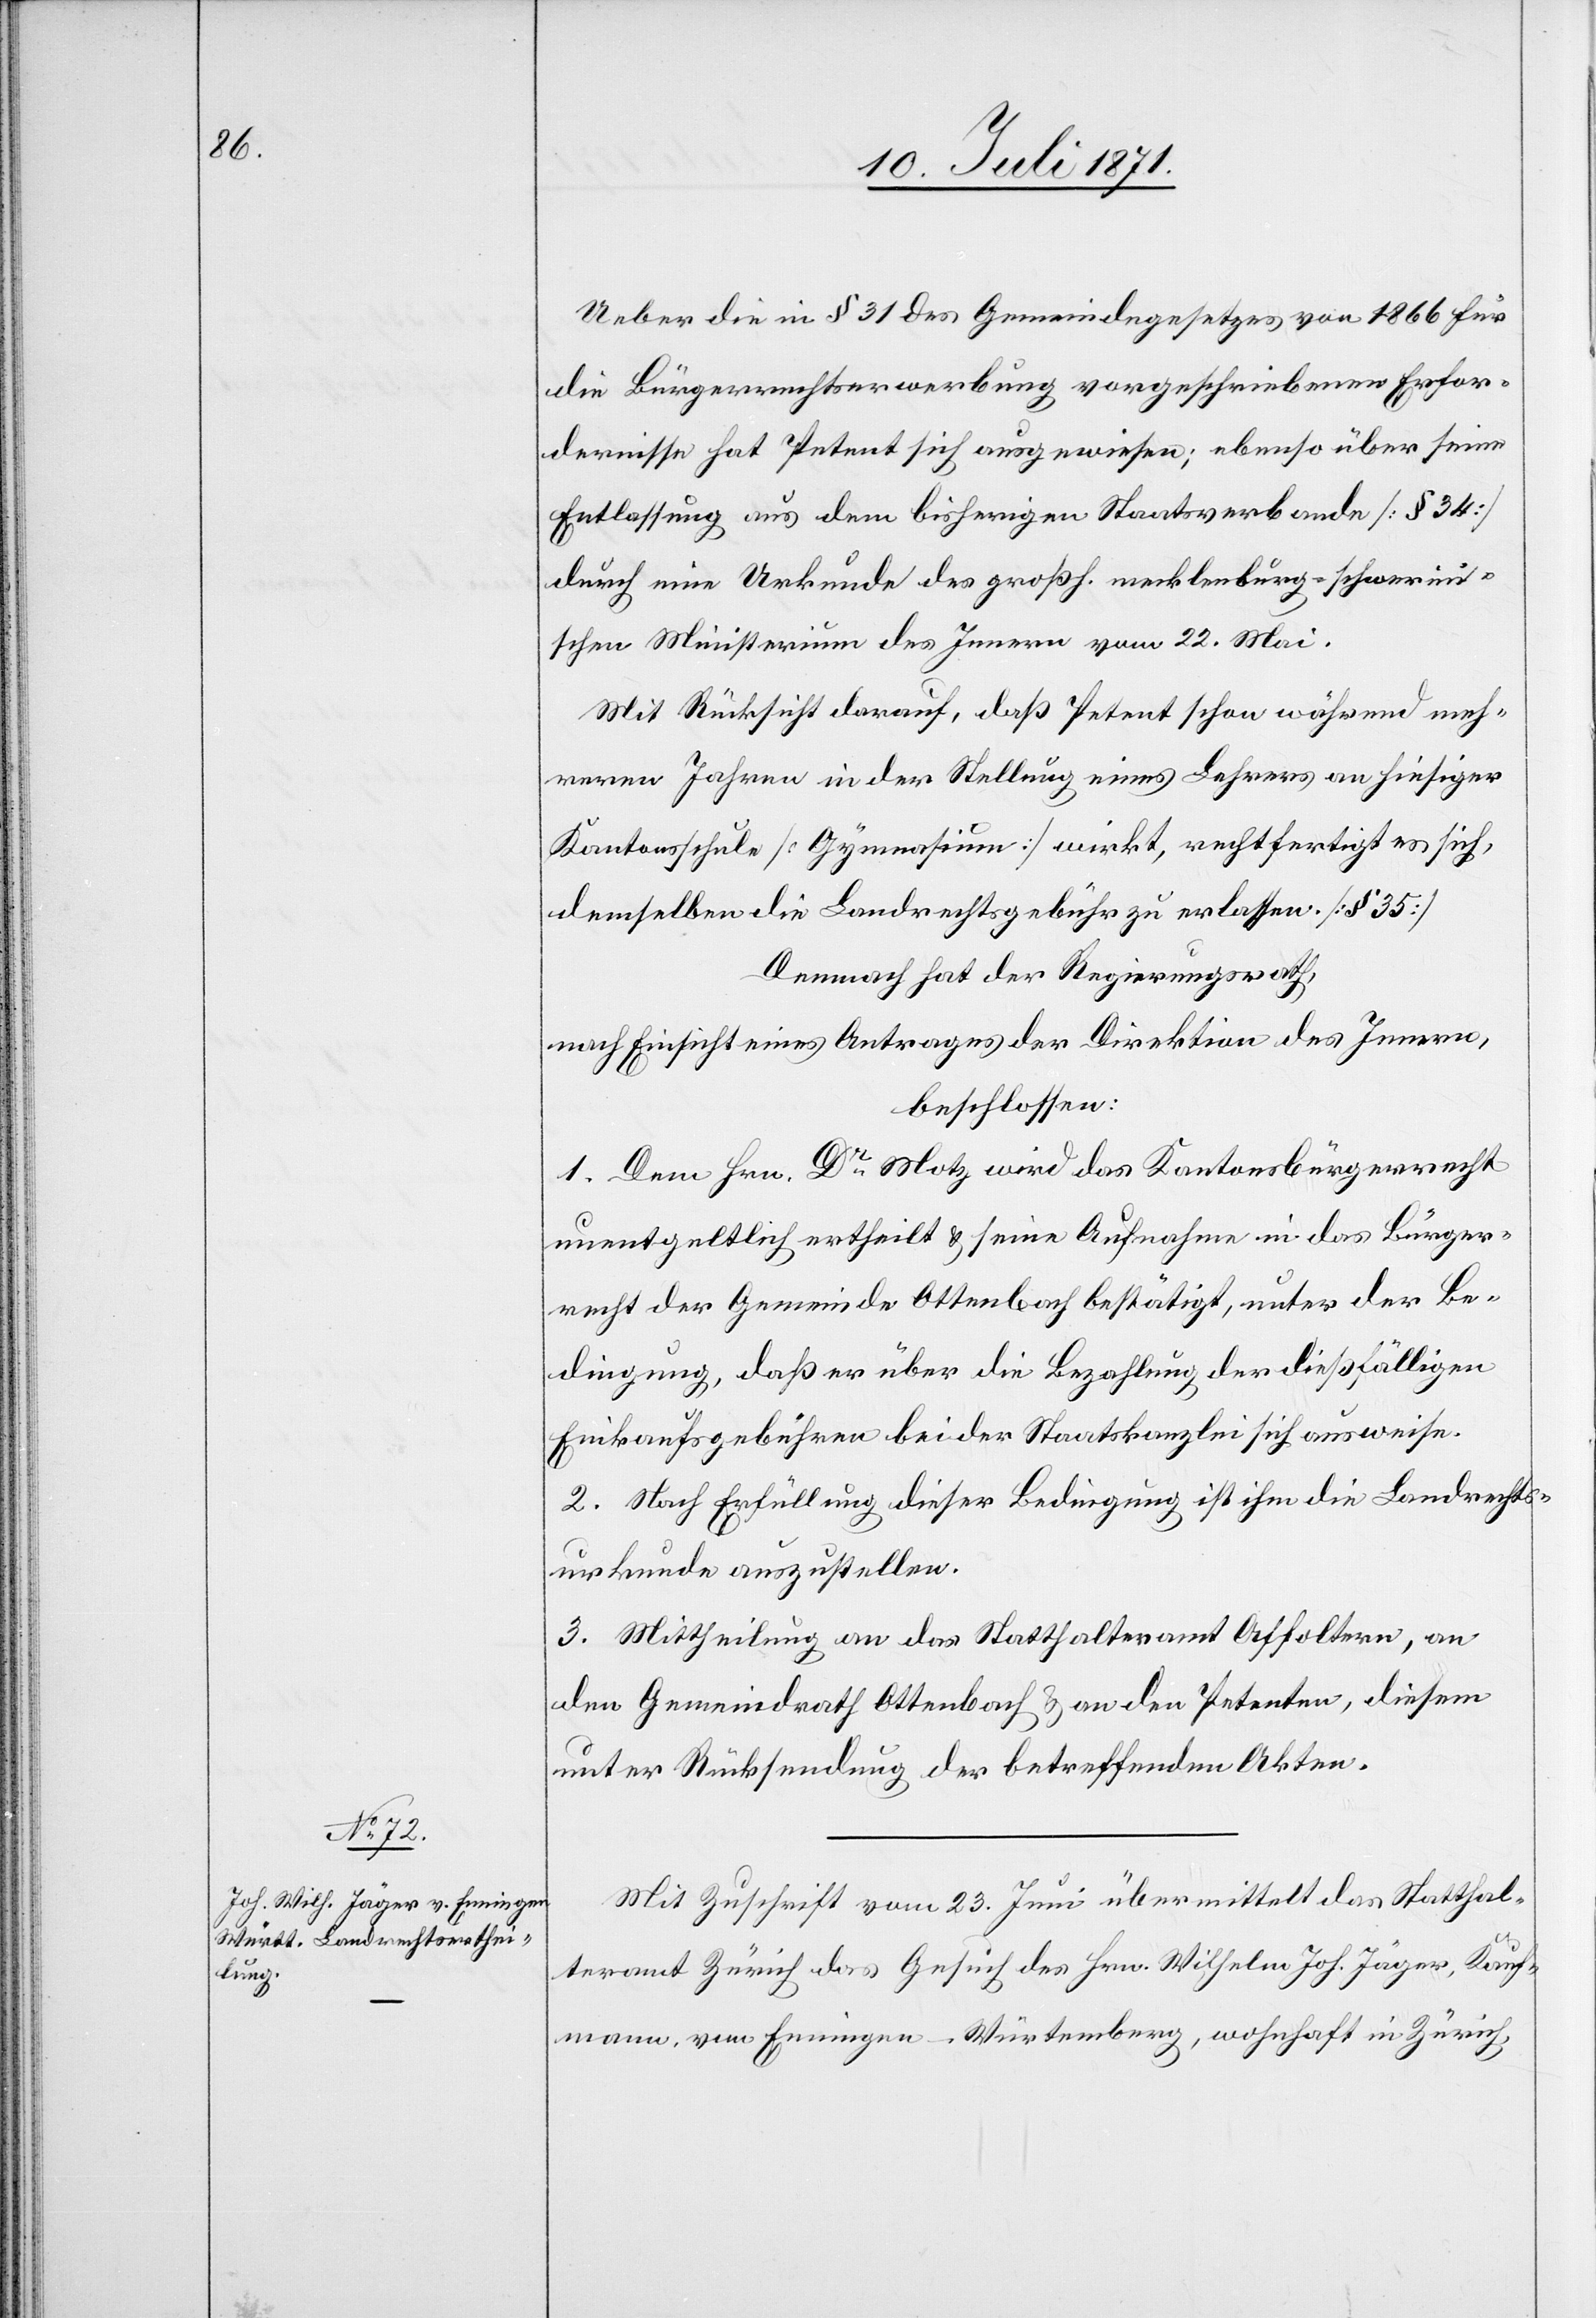
Ueber die in § 31 des Gemeindegesetzes von 1866 für
die Bürgerrechtserwerbung vorgeschriebenen Erfor¬
dernisse hat Petent sich ausgewiesen; ebenso über seine
Entlassung aus dem bisherigen Staatsverbande [§ 34]
durch eine Urkunde des großh. mecklenburg-schwerini¬
schen Ministerium des Innern vom 22. Mai.
Mit Rücksicht darauf, daß Petent schon während meh¬
reren Jahren in der Stellung eines Lehrers an hiesiger
Kantonsschule [Gymnasium] wirkt, rechtfertigt es sich,
demselben die Landrechtsgebühren zu erlassen. [§ 35]
Demnach hat der Regierungsrath,
nach Einsicht eines Antrages der Direktion des Innern,
beschlossen:
1. Dem Hrn. Dr. Motz wird das Kantonsbürgerrecht
unentgeltlich ertheilt u. seine Aufnahme in das Bürger¬
recht der Gemeinde Ottenbach bestätigt, unter der Be¬
dingung, daß er über die Bezahlung der dießfälligen
Einkaufsgebühren bei der Staatskanzlei sich ausweise.
2. Nach Erfüllung dieser Bedingung ist ihm die Landrechts¬
urkunde auszustellen.
3. Mittheilung an das Statthalteramt Affoltern, an
den Gemeindrath Ottenbach u. an den Petenten, diesem
unter Rücksendung der betreffenden Akten.
Mit Zuschrift vom 23. Juni übermittelt das Statthal¬
teramt Zürich das Gesuch des Hrn. Wilhelm Joh. [sic!] Jäger, Kauf¬
mann, von Enningen-Würtemberg, wohnhaft in Zürich